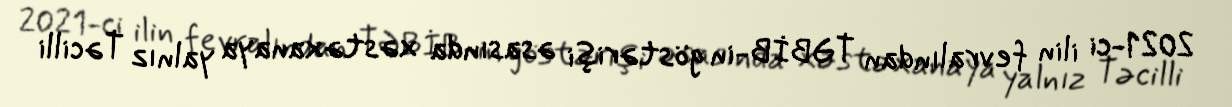
2021-ci ilin fevralından TƏBİB-in göstərişi əsasında xəstəxanaya yalnız Təcilli